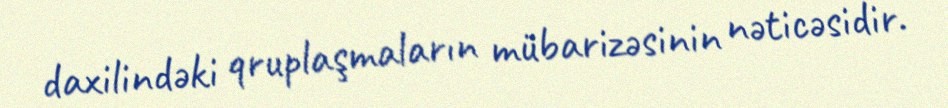
daxilindəki qruplaşmaların mübarizəsinin nəticəsidir.